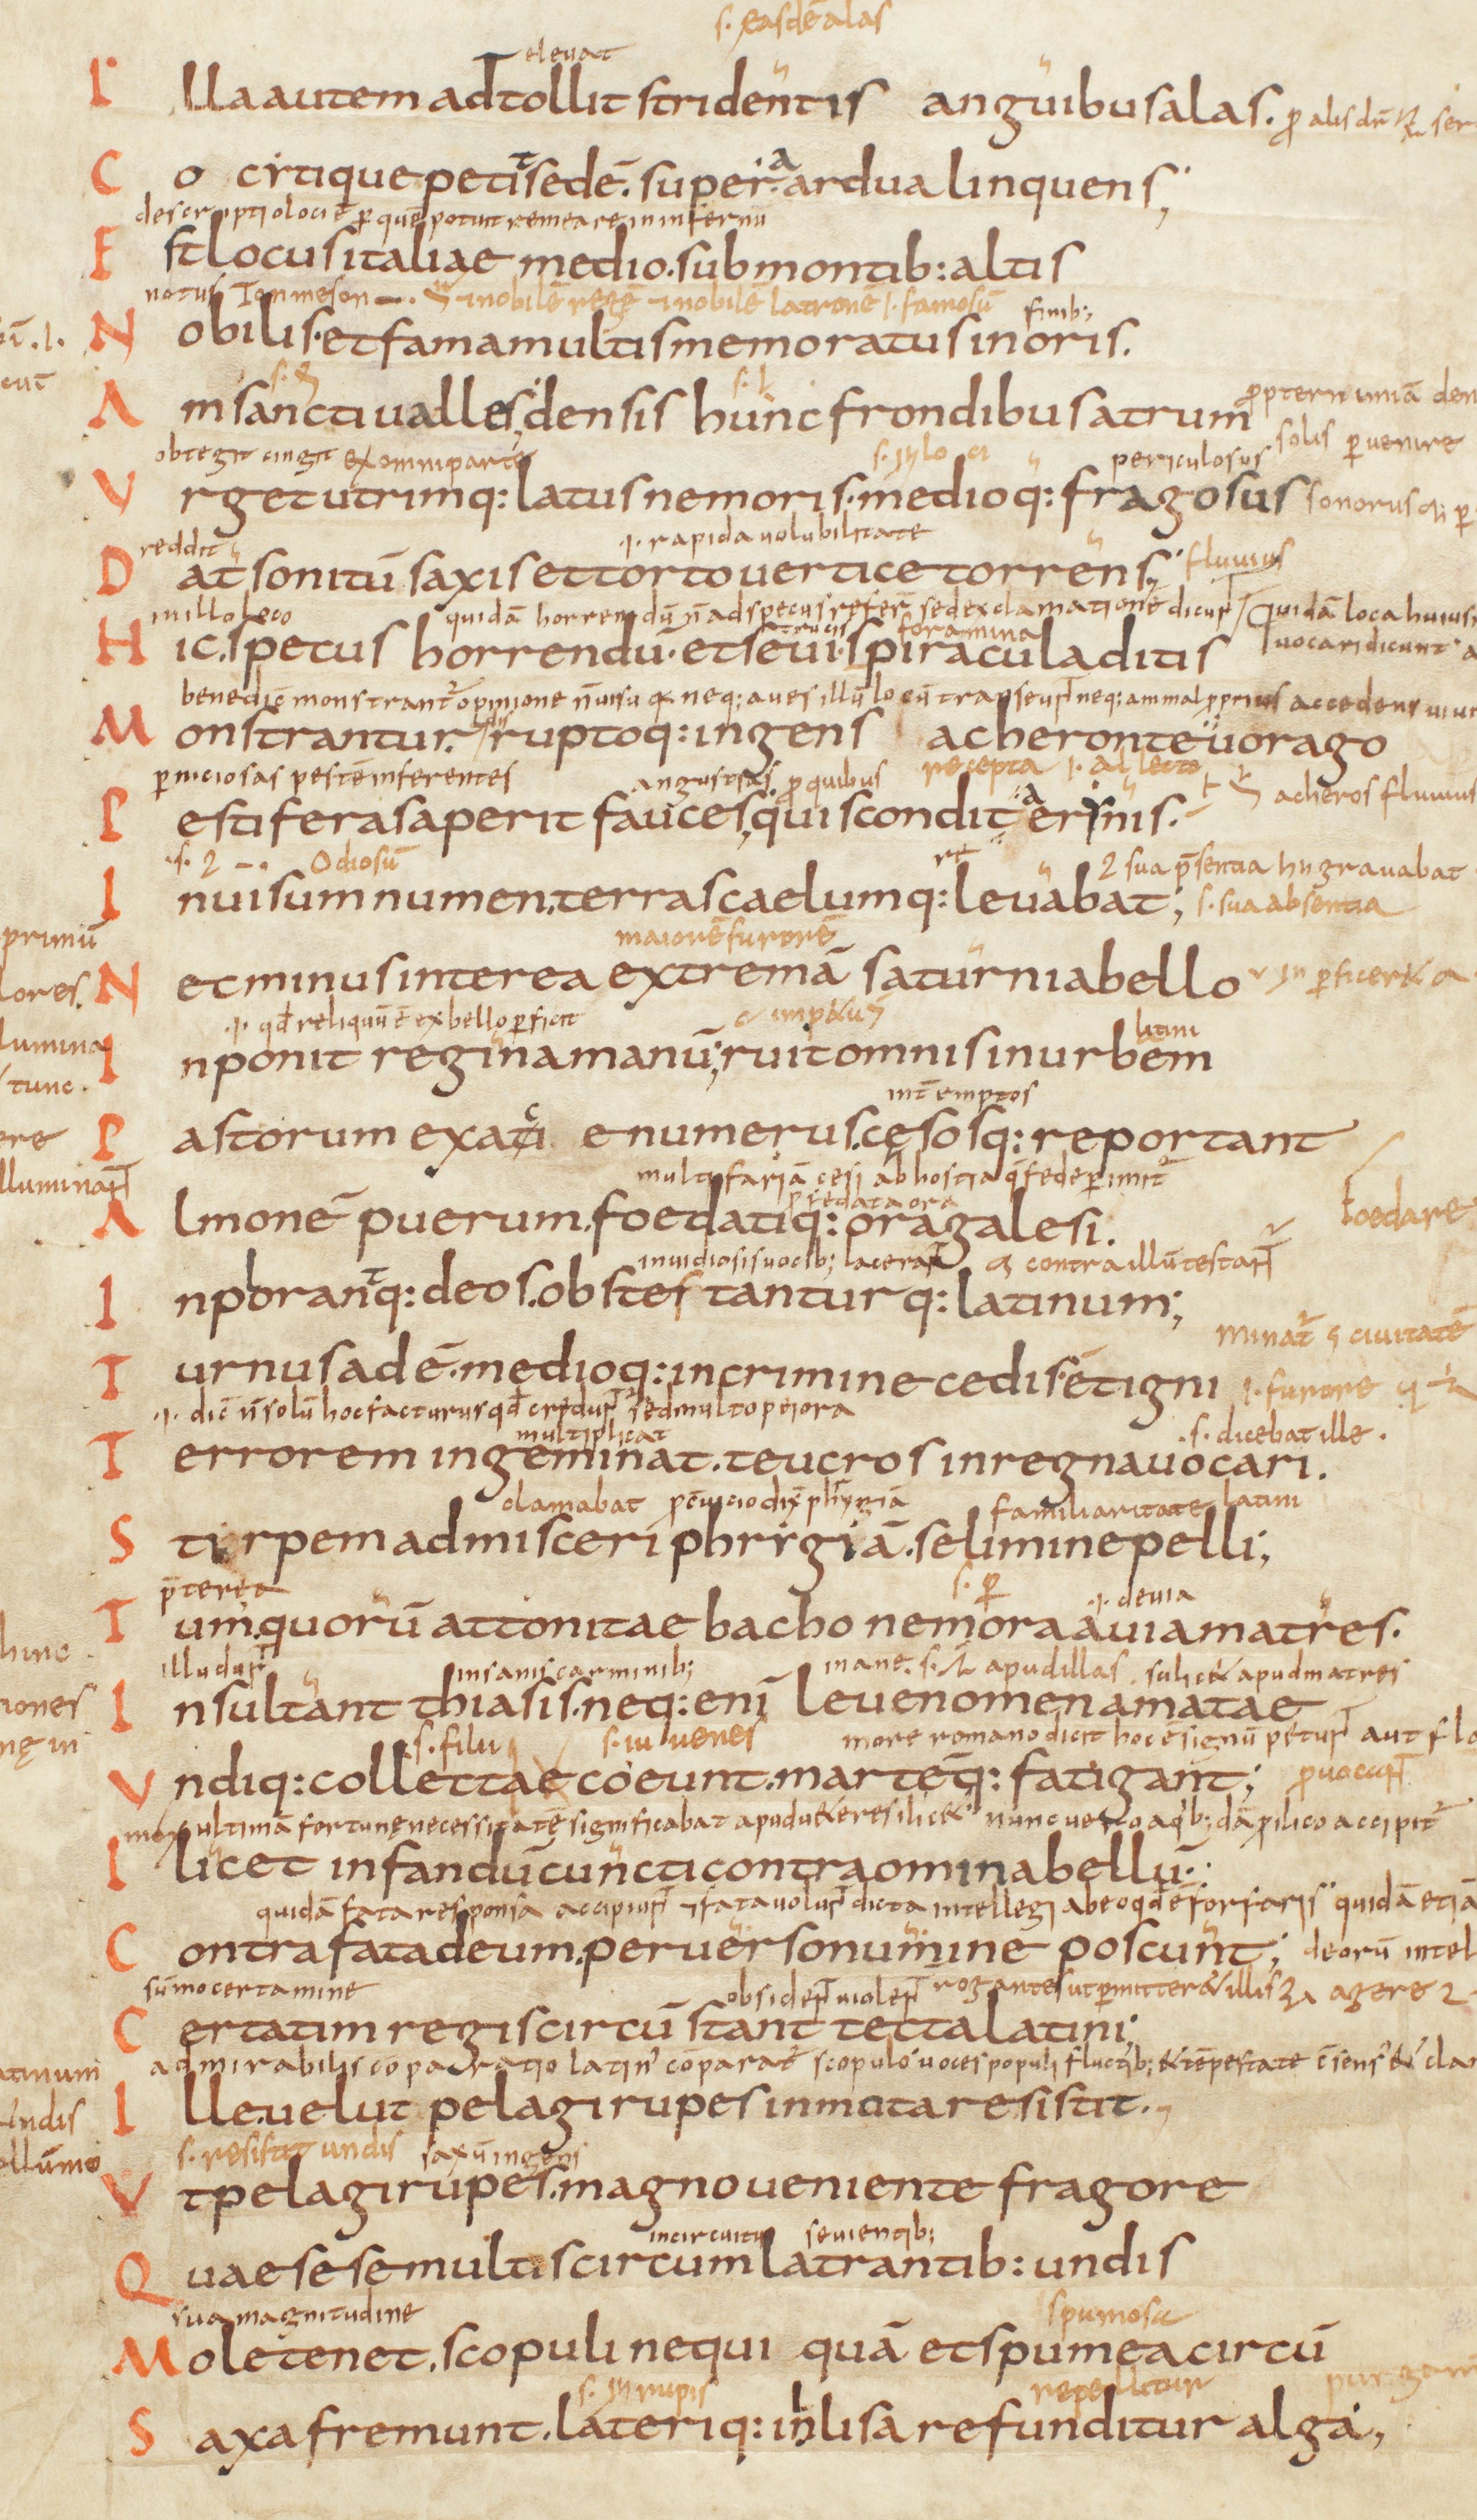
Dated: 825–849